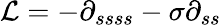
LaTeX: \mathcal{L}=-\partial_{ssss}-\sigma\partial_{ss}